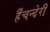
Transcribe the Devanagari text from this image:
र्हैंचन्देरी